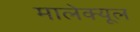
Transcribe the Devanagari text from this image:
मालेक्यूल